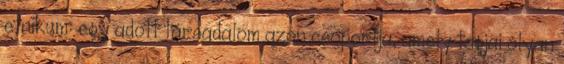
etnikum: egy adott társadalom azon csoportja, amely tagjai olyan